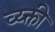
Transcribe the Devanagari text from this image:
व्य्क्ती